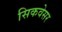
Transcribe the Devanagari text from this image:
सिकवेसर